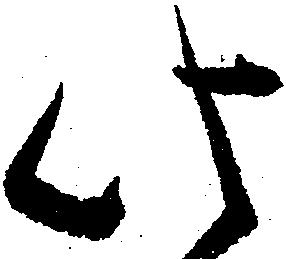
此